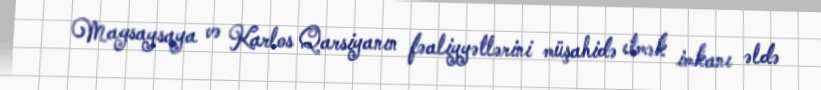
Magsaysaya və Karlos Qarsiyanın fəaliyyətlərini müşahidə etmək imkanı əldə